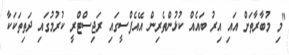
"މި މުބާރާތަށް އައި އިރު ބައެއް ކުޅުންތެރިން އޭއެފްސީގައި ރަޖިސްޓްރީ ކުރުމުގައި ދަތިތަކަކާ